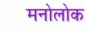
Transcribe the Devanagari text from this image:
मनोलोक